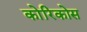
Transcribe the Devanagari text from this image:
कोरिकोस